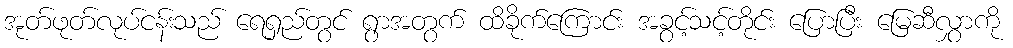
အုတ်ဖုတ်လုပ်ငန်းသည် ရေရှည်တွင် ရွာအတွက် ထိခိုက်ကြောင်း အခွင့်သင့်တိုင်း ပြောပြီး မြေဆီလွှာကို